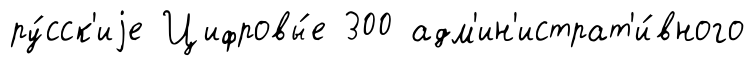
ру́сск'иjе Цифровы́е 300 адм'ин'истрат'и́вного